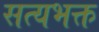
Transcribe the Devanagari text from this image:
सत्यभक्त